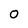
Character: 0